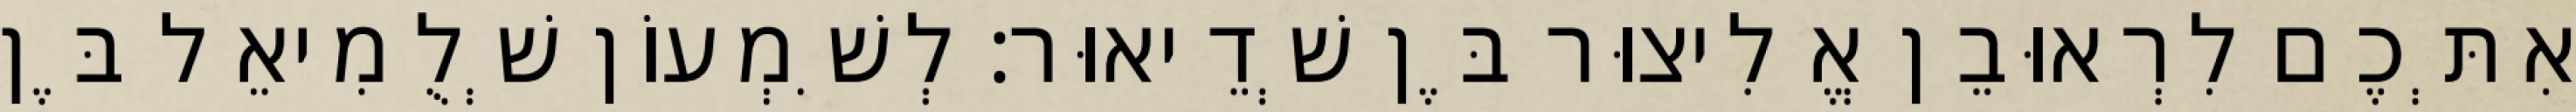
אִתְּכֶם לִרְאוּבֵן אֱלִיצוּר בֶּן שְׁדֵיאוּר׃ לְשִׁמְעוֹן שְׁלֻמִיאֵל בֶּן